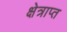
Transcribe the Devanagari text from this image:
क्षेत्राप्त